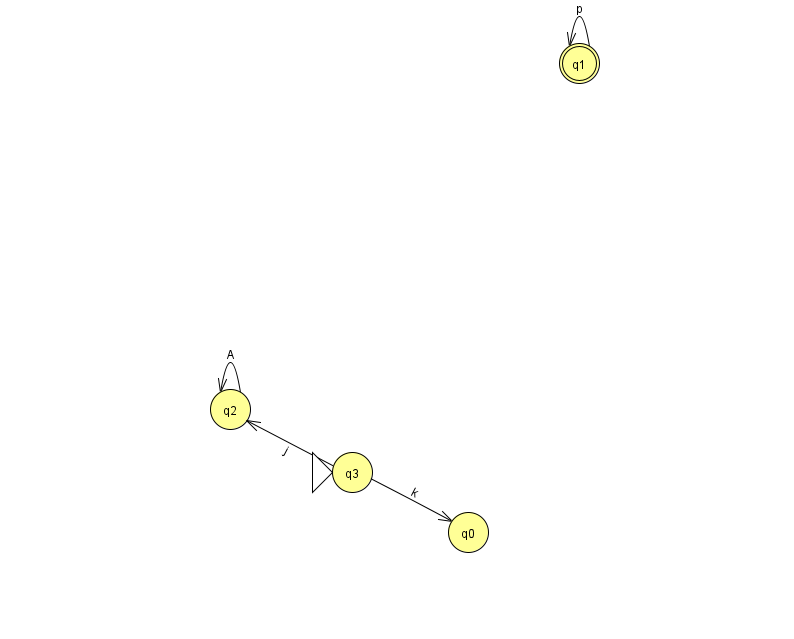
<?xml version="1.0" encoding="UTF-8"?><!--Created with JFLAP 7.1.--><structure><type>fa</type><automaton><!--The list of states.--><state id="0" name="q0"><x>468.0</x><y>519.0</y></state><state id="1" name="q1"><x>579.0</x><y>50.0</y><final/></state><state id="2" name="q2"><x>230.0</x><y>396.0</y></state><state id="3" name="q3"><x>352.0</x><y>459.0</y><initial/></state><!--The list of transitions.--><transition><from>1</from><to>1</to><read>p</read></transition><transition><from>2</from><to>2</to><read>A</read></transition><transition><from>3</from><to>0</to><read>k</read></transition><transition><from>3</from><to>2</to><read>j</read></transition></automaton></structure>